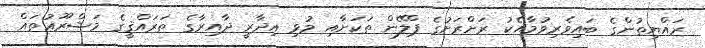
ރައްޔިތުންގެ ބައިވެރިވުމާއެކު ރަށްރަށުގެ ޕްލޭން ތަކަށާއި މުޅި އިދާރީ ދާއިރާގެ ތަރައްޤީގެ މަޝްރޫޢުތައް